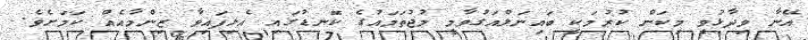
އޭނާ ވިދާޅުވީ މިކަން ކުރުމަކީ ބައިނަލްއަގުވާމީ މުޖުތަމައުގެ ކޮނޑުގައި އެޅިފައިވާ ޒިންމާއެއް ކަމަށެވެ.